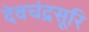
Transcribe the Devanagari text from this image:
देवचंद्रसूरि